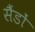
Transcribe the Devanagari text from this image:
सैंडों